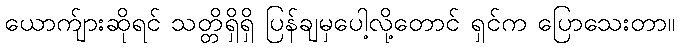
ယောက်ျားဆိုရင် သတ္တိရှိရှိ ပြန်ချမှပေါ့လို့တောင် ရှင်က ပြောသေးတာ။